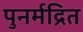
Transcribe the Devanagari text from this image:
पुनर्मद्रित